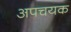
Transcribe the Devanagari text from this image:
अपचयक